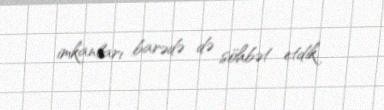
imkanları barədə də söhbət etdik.